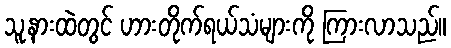
သူ့နားထဲတွင် ဟားတိုက်ရယ်သံများကို ကြားလာသည်။